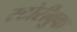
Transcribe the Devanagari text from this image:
स्टोरीबुक